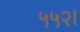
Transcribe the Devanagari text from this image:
५५२।